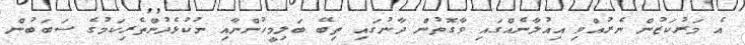
އެ މަރުކަޒުން ނެރުއްވި އިއުލާނެއްގައި ވާގޮތުން ދާނުގައި ތިބޭ ބަލިމީހުންނާއި ނުކުޅެދުންތެރިކަމުގެ ސަބަބުން